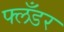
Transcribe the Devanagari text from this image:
फ्लँडर